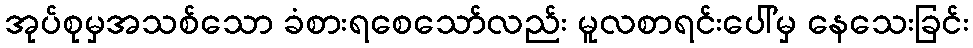
အုပ်စုမှအသစ်သော ခံစားရစေသော်လည်း မူလစာရင်းပေါ်မှ နေသေးခြင်း